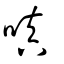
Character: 嗔